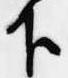
下